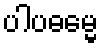
ပါပဓမ္မေ